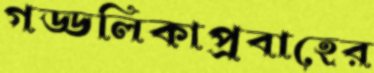
গড্ডলিকাপ্রবাহের